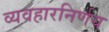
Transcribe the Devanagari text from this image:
व्यवहारनिर्णय